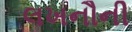
લખનૌની